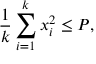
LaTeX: { \frac { 1 } { k } } \sum _ { i = 1 } ^ { k } x _ { i } ^ { 2 } \leq P ,